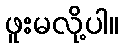
ဖူးမလို့ပါ။